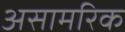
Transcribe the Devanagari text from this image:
असामरिक